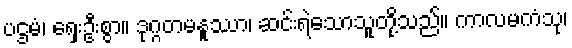
ပဌမံ၊ ရှေးဦးစွာ။ ဒုဂ္ဂတမနူဿာ၊ ဆင်းရဲသောသူတို့သည်။ ကာလမကံသု၊